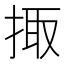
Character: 掫